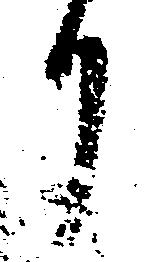
り